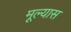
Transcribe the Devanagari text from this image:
मूल्यास